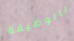
بالوظيفة